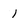
Character: 1